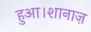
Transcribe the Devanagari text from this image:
हुआ।शानाज़